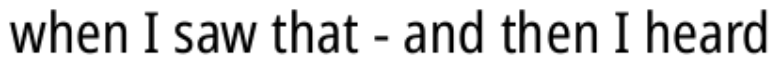
when I saw that - and then I heard